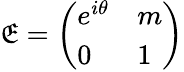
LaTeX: \mathfrak{E}=\left(\begin{array}{ll}{{e^{i\theta}}}&{{m}}\\ {{0}}&{{1}}\end{array}\right)